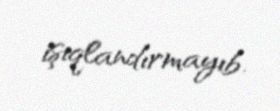
işıqlandırmayıb.